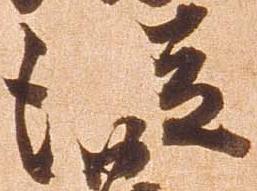
従